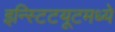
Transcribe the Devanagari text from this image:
इन्स्टिटयूटमध्ये